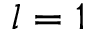
l = 1